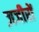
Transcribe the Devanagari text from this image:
ज़जीरों